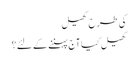
کی طرح کھیل
کھیل کیا آج پہننے کے لئے؟